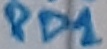
Text: PD1